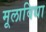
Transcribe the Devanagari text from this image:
मूलाविधा